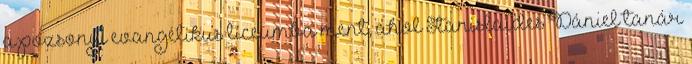
a pozsonyi evangélikus líceumba ment, ahol Stanislaides Dániel tanár